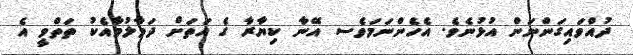
ދުއްވައިގަންނަން އުޅުނެވެ. އެހެންނަމަވެސ އޭނާ ކިޔާރާ ގެ އަތަށް ދަމާލުމާއެކު ތަތްވީ އެ